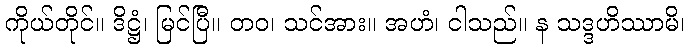
ကိုယ်တိုင်။ ဒိဋ္ဌံ၊ မြင်ပြီ။ တဝ၊ သင်အား။ အဟံ၊ ငါသည်။ န သဒ္ဒဟိဿာမိ၊